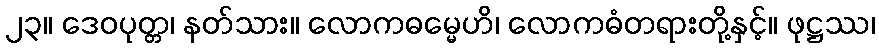
၂၃။ ဒေဝပုတ္တ၊ နတ်သား။ လောကဓမ္မေဟိ၊ လောကဓံတရားတို့နှင့်။ ဖုဋ္ဌဿ၊